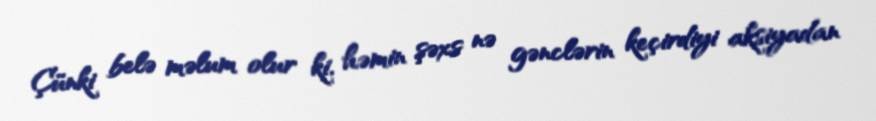
Çünki belə məlum olur ki, həmin şəxs nə gənclərin keçirdiyi aksiyadan